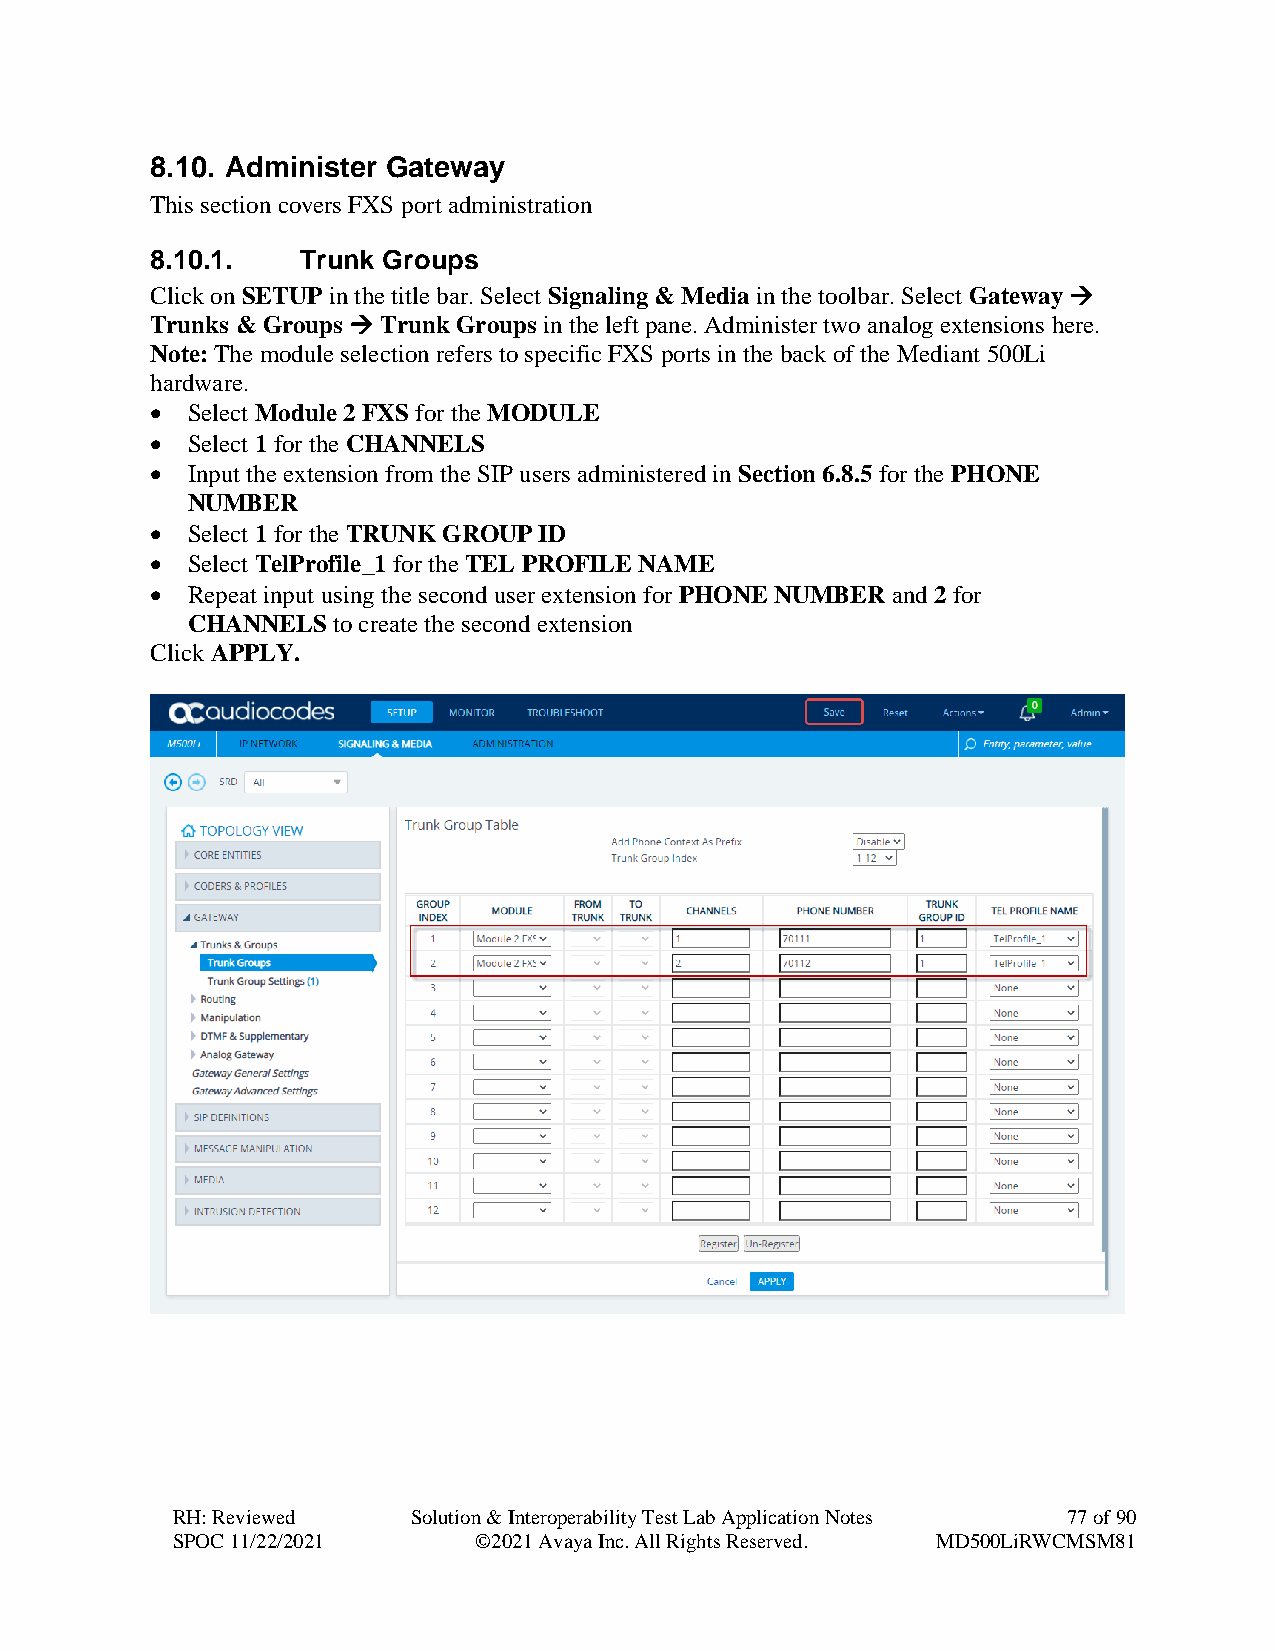
8.10. Administer Gateway
 This section covers FXS port administration
 8.10.1.   Trunk Groups
 Click on SETUP in the title bar. Select Signaling & Media in the toolbar. Select Gateway →
 Trunks & Groups → Trunk Groups in the left pane. Administer two analog extensions here.
 Note: The module selection refers to specific FXS ports in the back of the Mediant 500Li
 hardware.
 • Select Module 2 FXS for the MODULE
 • Select 1 for the CHANNELS
 • Input the extension from the SIP users administered in Section 6.8.5 for the PHONE
 NUMBER
 • Select 1 for the TRUNK GROUP ID
 • Select TelProfile_1 for the TEL PROFILE NAME
 • Repeat input using the second user extension for PHONE NUMBER and 2 for
 CHANNELS  to create the second extension
 Click APPLY.
 RH: Reviewed    Solution & Interoperability Test Lab Application Notes 77 of 90
 SPOC 11/22/2021     ©2021 Avaya Inc. All Rights Reserved. MD500LiRWCMSM81